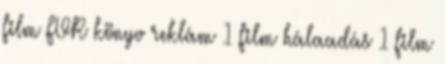
film FVR könyv reklám 1 film hálaadás 1 film